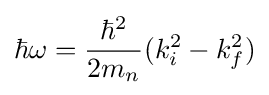
\hbar \omega ={\frac {\hbar ^{2}}{2m_{n}}}(k_{i}^{2}-k_{f}^{2})